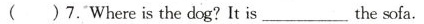
( )7.Where is the dog?It is ___ the sofa.